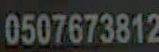
0507673812